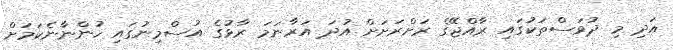
އަދި މި ދުވަސްތަކުގައި ރާއްޖޭގެ ރަށްރަށަށް އުދަ އަރާނަމަ ރާޅުގެ އުސްމިނުގައި ހުންނާނެކަމަށް